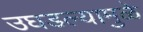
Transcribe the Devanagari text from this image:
उघडल्यामुळे